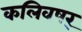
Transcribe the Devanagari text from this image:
कलिवषर्